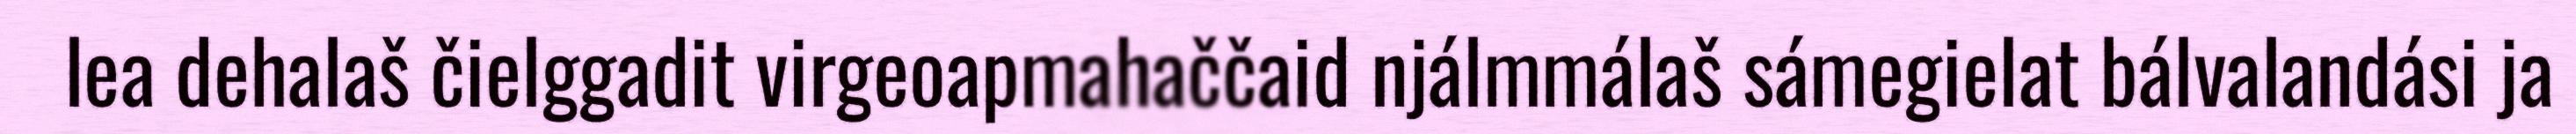
lea dehalaš čielggadit virgeoapmahaččaid njálmmálaš sámegielat bálvalandási ja